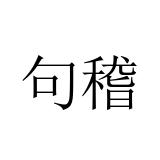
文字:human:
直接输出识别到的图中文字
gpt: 句稽